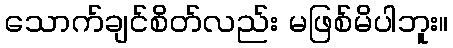
သောက်ချင်စိတ်လည်း မဖြစ်မိပါဘူး။